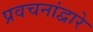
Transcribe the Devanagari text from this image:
प्रवचनांद्वारे